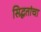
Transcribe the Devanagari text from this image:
सिद्धतांचा